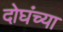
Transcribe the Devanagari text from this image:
दोघंच्या